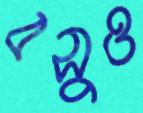
বসুও